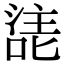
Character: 㗟